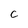
Character: C